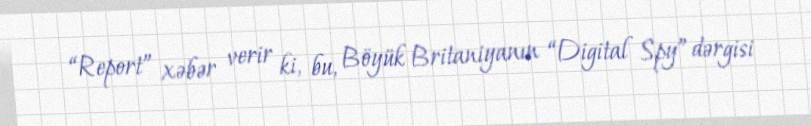
“Report” xəbər verir ki, bu, Böyük Britaniyanın “Digital Spy” dərgisi